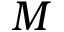
{ M }